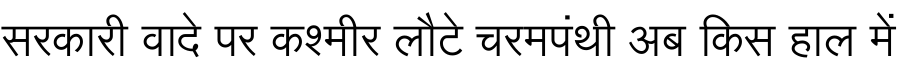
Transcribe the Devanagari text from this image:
सरकारी वादे पर कश्मीर लौटे चरमपंथी अब किस हाल में